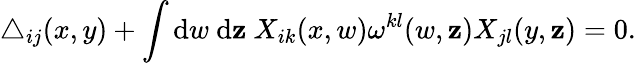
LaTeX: \triangle_{ij}(x,y)+\int\mathrm{d}w~\mathrm{d}\mathbf{z}~X_{ik}(x,w)\omega^{kl}(w,\mathbf{z})X_{jl}(y,\mathbf{z})=0.